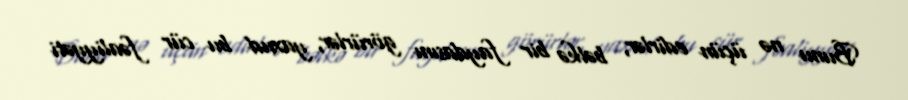
Bunu nə üçün edirlər, bəlkə bir faydasını görürlər, yaxud bu cür fəaliyyəti